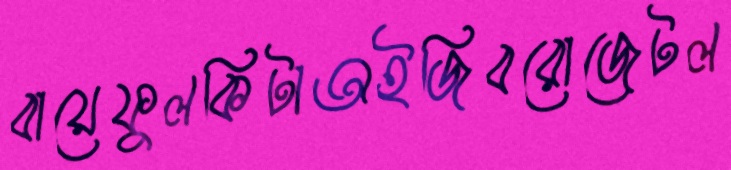
বায়েফুলকিটাঅইজিবরোজেটল